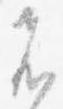
者